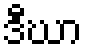
ဒီဃာ